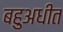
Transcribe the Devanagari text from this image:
बहुअधीत